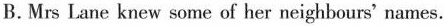
B.Mrs Lane knew some of her neighbours' names.